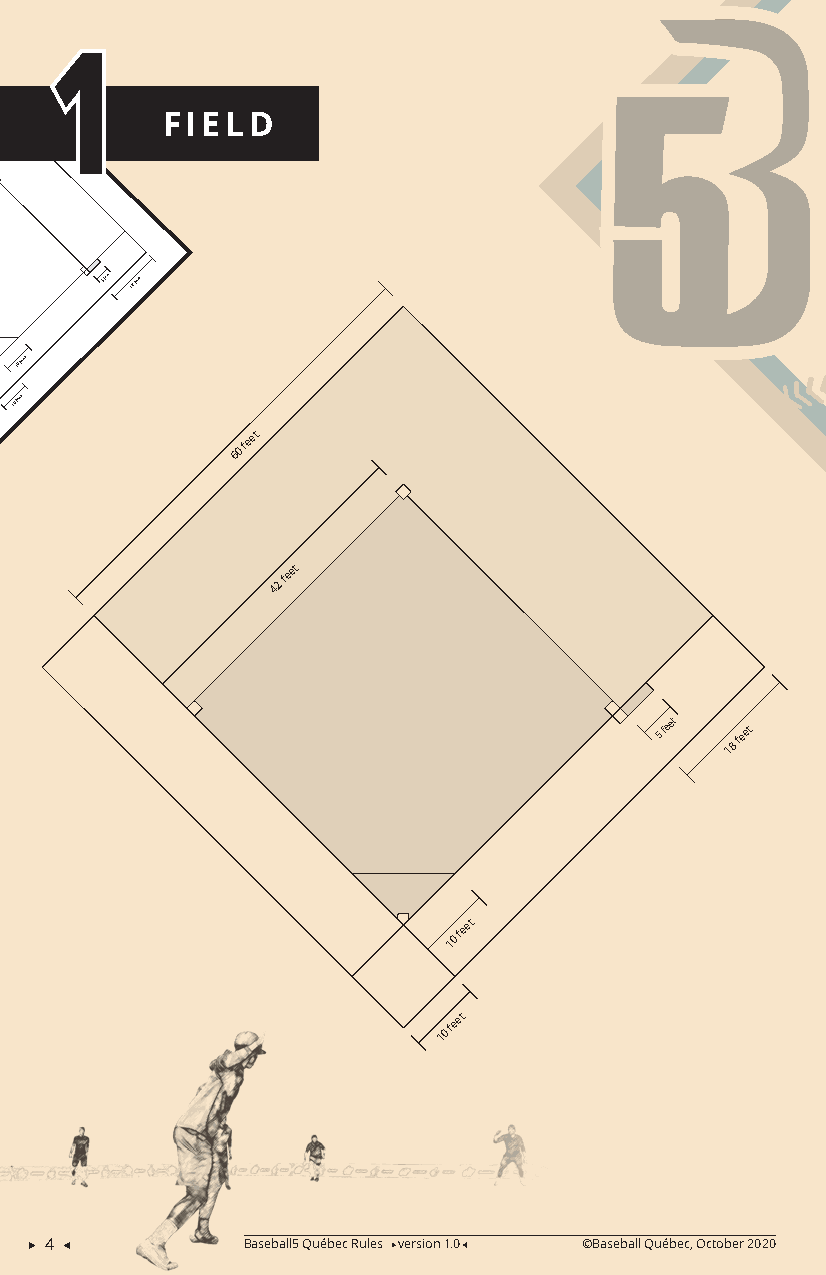
1
 FIELD
 60
 feet
 42
 feet
 5 feet 18 feet
 10
 feet
 10
 feet
 60
 feet
 42
 feet
 5
 feet
 18
 feet
 10
 feet
 10
 feet
  4          Baseball5 Québec Rules version 1.0 ©Baseball Québec, October 2020